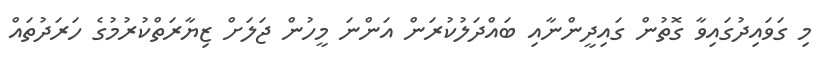
މި ގަވައިދުގައިވާ ގޮތުން ގައިދީންނާއި ބައްދަލުކުރަން އަންނަ މީހުން ޖަލަށް ޒިޔާރަތްކުރުމުގެ ހަރަދުތައް